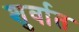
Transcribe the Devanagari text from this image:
शुर्वात